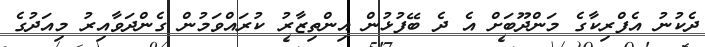
ދެކުނު އެފްރިކާގެ މަންދޫބަށް އެ ދެ ބޭފުޅުން އިންތިޒާރު ކުރައްވަމުން ގެންދަވާއިރު މިއަދުގެ